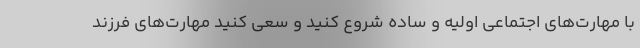
با مهارت‌های اجتماعی اولیه و ساده شروع کنید و سعی کنید مهارت‌های فرزند